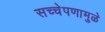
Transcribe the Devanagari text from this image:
सच्चेपणामुळे